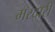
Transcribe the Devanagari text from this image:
मरदारी